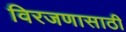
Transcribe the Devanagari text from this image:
विरजणासाठी